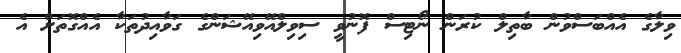
ވިލާގެ އެއްބަސްވުން ބާތިލް ކުރަން ނޯޓިސް ފޮނުވީ ސިވިލްއޭވިއޭޝަންގެ ގަވާއިދުތަކާ އެއްގޮތަށް އެ